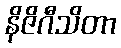
နိဇိဂီသိတာ